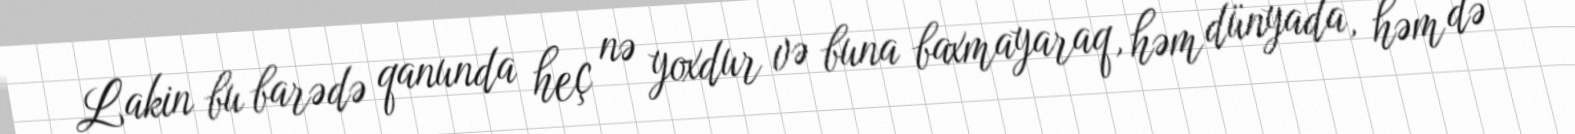
Lakin bu barədə qanunda heç nə yoxdur və buna baxmayaraq, həm dünyada, həm də